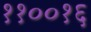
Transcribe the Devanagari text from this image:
११००१६